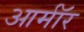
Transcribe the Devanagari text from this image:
आर्माॅर